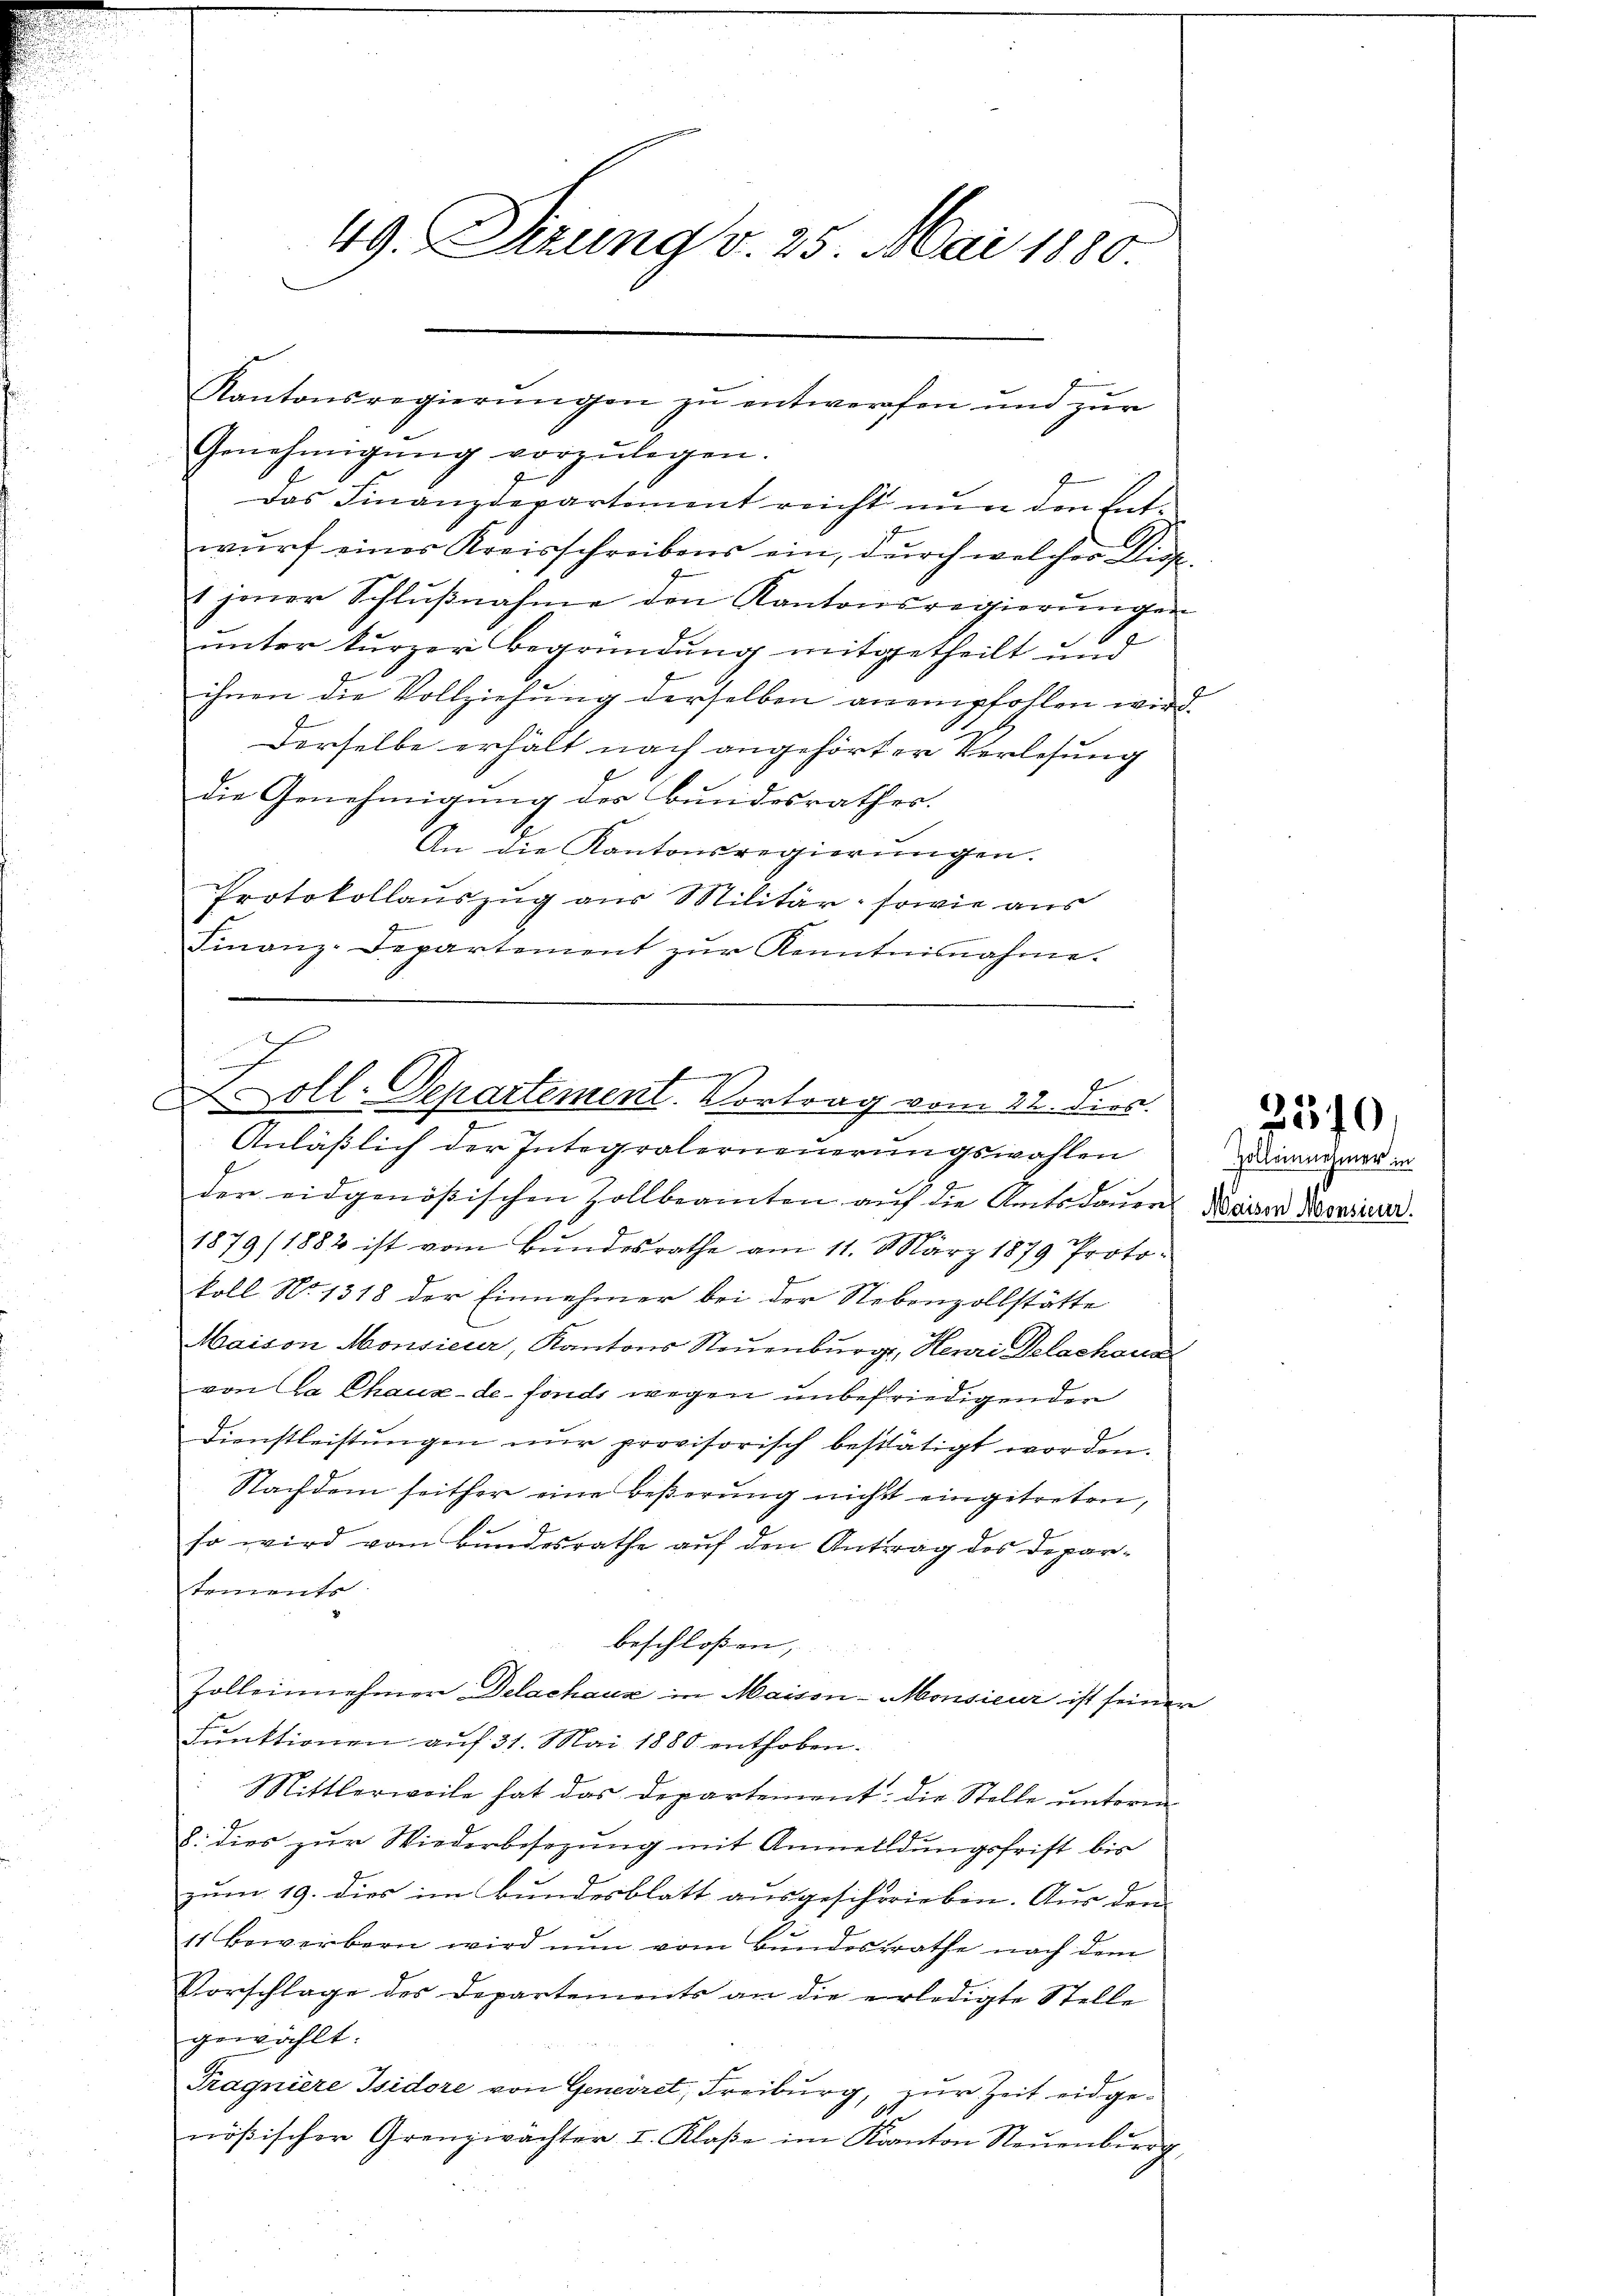
49. Sizung v. 25. Mai 1880

Kantonsregierŭngen zŭ entwerfen und zŭr
Genehmigŭng vorzŭlegen.
Das Finanzdepartement reicht nun den Entwurf einer Kreisschreibens ein, durch welcher Eig
1 jener Schlŭβnahme den Kantonsregierŭngen
unter kurzer Begründung mitgetheilt und
ihnen die Vollziehung derselben anempfohlen wird.
Derselbe erhält nach angehörter Verlesung
die Genehmigung des Bundesrathes.
An die Kantonsregierungen.
Protokollauszug aus Militär, sowie aus
Finanz-Departement zŭr Kenntnisnahme.

d
d
Xoll-Departement. Vortrag vom 22. dies

Anläßlich der Integralerneuerungswahlen
der eidgenößischen Zollbeamten aŭf die Amtsdaŭer Kaiser Nomineur.
1879/ 1882 ist vom Bŭndesrathe am 11. März 1879 Proto-
koll No 1318 der Einnehmer bei der Nebenzollstätte
Maison Monsieur, Kantons Neuenburg, Henri Delachaus
von Ca Chaux-de-Fonds wegen unbefriedigenden
7
Dienstleistŭngen nŭr provisorisch bestätigt worden.
Nachdem seither eine beßerung nicht eingetreten,
so wird vom Bundesrathe auf den Antrag des Departemento.
beschloßen,
Zolleinnehmer Delachaus in Maisen-Monsieur ist seiner
Funktionen auf 31. Mai 1880 enthoben.
: Mittlerweile hat das Departement: die Stelle unterm
8. dies zur Wiederbesezung mit Anmeldungsfrist bis
zum 19. dies im Bundesblatt ausgeschrieben. Aus den
11 Bewerbern wird nun vom Bundesrathe nach dem
Vorschlage des Departements an die erledigte Stelle
gewählt.
Tragniere Isidore von Generet, Freiburg, zur Zeit eidge¬
.
nößischer Grenzwächter I. Klaße im Kanton Neuenburg.

2570

Zolleinnehmer in